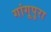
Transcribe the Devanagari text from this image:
गांगूपुरा